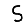
Digit: 5